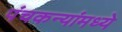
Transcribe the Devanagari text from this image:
पंचकन्यांमध्ये